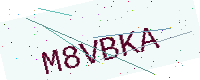
Text: M8VBKA